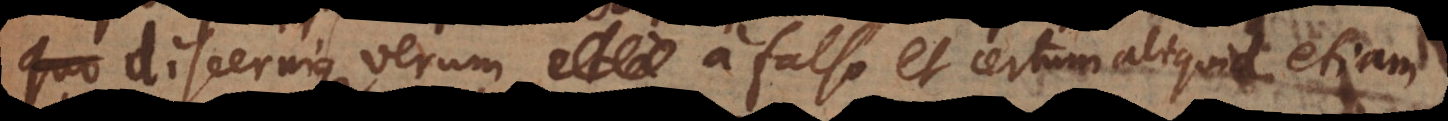
discernique verum a falso et certum aliquid etiam